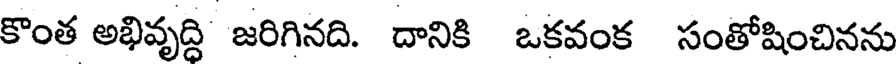
కొంత అభివృద్ధి జరిగినది. దానికి ఒకవంక సంతోషించినను